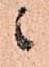
ニ